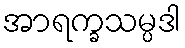
အာရက္ခသမ္ပဒါ